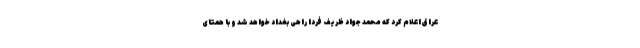
عراق اعلام کرد که محمد جواد ظریف فردا راهی بغداد خواهد شد و با همتای